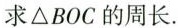
求\Delta BOC的周长.